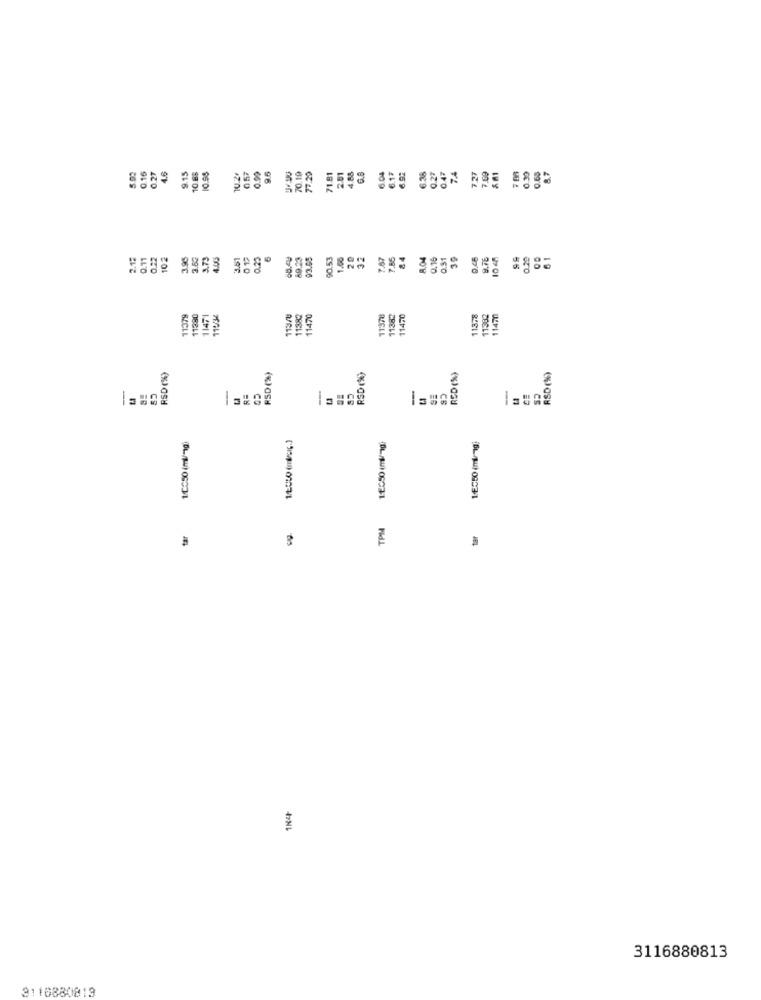
5.92
0.90
9.6
70.19
77.20
2.81
4.88
6.04
6.92
0.47
0.68
8.7
0.16
0.27
4.6
9.15
10.68
10.95
10.24
057
1.81
6.17
6.38
0.27
74
727
7.09
0.30
2.12
0.71
0.22
102
3.95
3.73
4.00
012
6
92.65
90.53
1.00
20
32
7.85
84
8.04
0.16
0.51
39
0.46
9.76
10 4
61
3.6
11379
11380
11471
113/0
11382
11470
11:378
11382
11470
11378
11382
11477
RSD (%)
RSD (%)
RSD (9%)
RED (%)
RSD (%)
--
-
-
--
10050 (ml/-1g)
1:50 (ml/-1g)
TPM
tar
tar
3116880813
3116880813